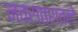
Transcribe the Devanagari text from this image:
नवरात्रातले